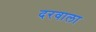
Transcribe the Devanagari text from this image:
दरवाला